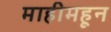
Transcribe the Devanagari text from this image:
माहीमहून